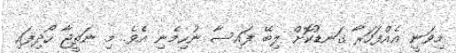
މިވަނީ އެއްފަހަރާ ގަނޑުކޮށް ލިބޭ ފައިސާ ނުހިމެނި އެވެ. މި ނަތީޖާ ހޯދިފައި